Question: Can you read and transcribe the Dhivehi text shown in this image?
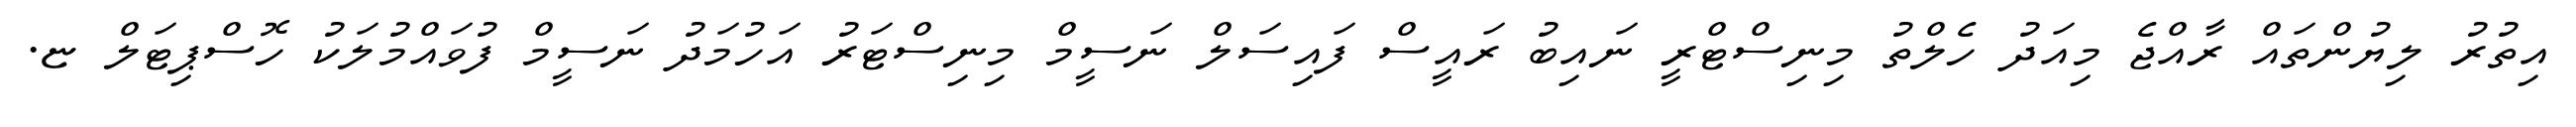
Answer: އިތުރު ލިޔުންތައް ރާއްޖެ މިއަދު ހެލްތު މިނިސްޓްރީ ނައިބު ރައީސް ފައިސަލް ނަސީމް މިނިސްޓަރު އަހުމަދު ނަސީމް ފުވައްމުލަކު ހޮސްޕިޓަލް ޏ.